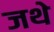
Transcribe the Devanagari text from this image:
जथे